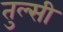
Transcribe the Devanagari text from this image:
तुल्सी